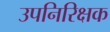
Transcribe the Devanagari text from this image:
उपनिरिक्षक